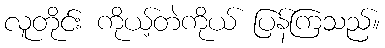
လူတိုင်း ကိုယ့်တဲကိုယ် ပြန်ကြသည်။